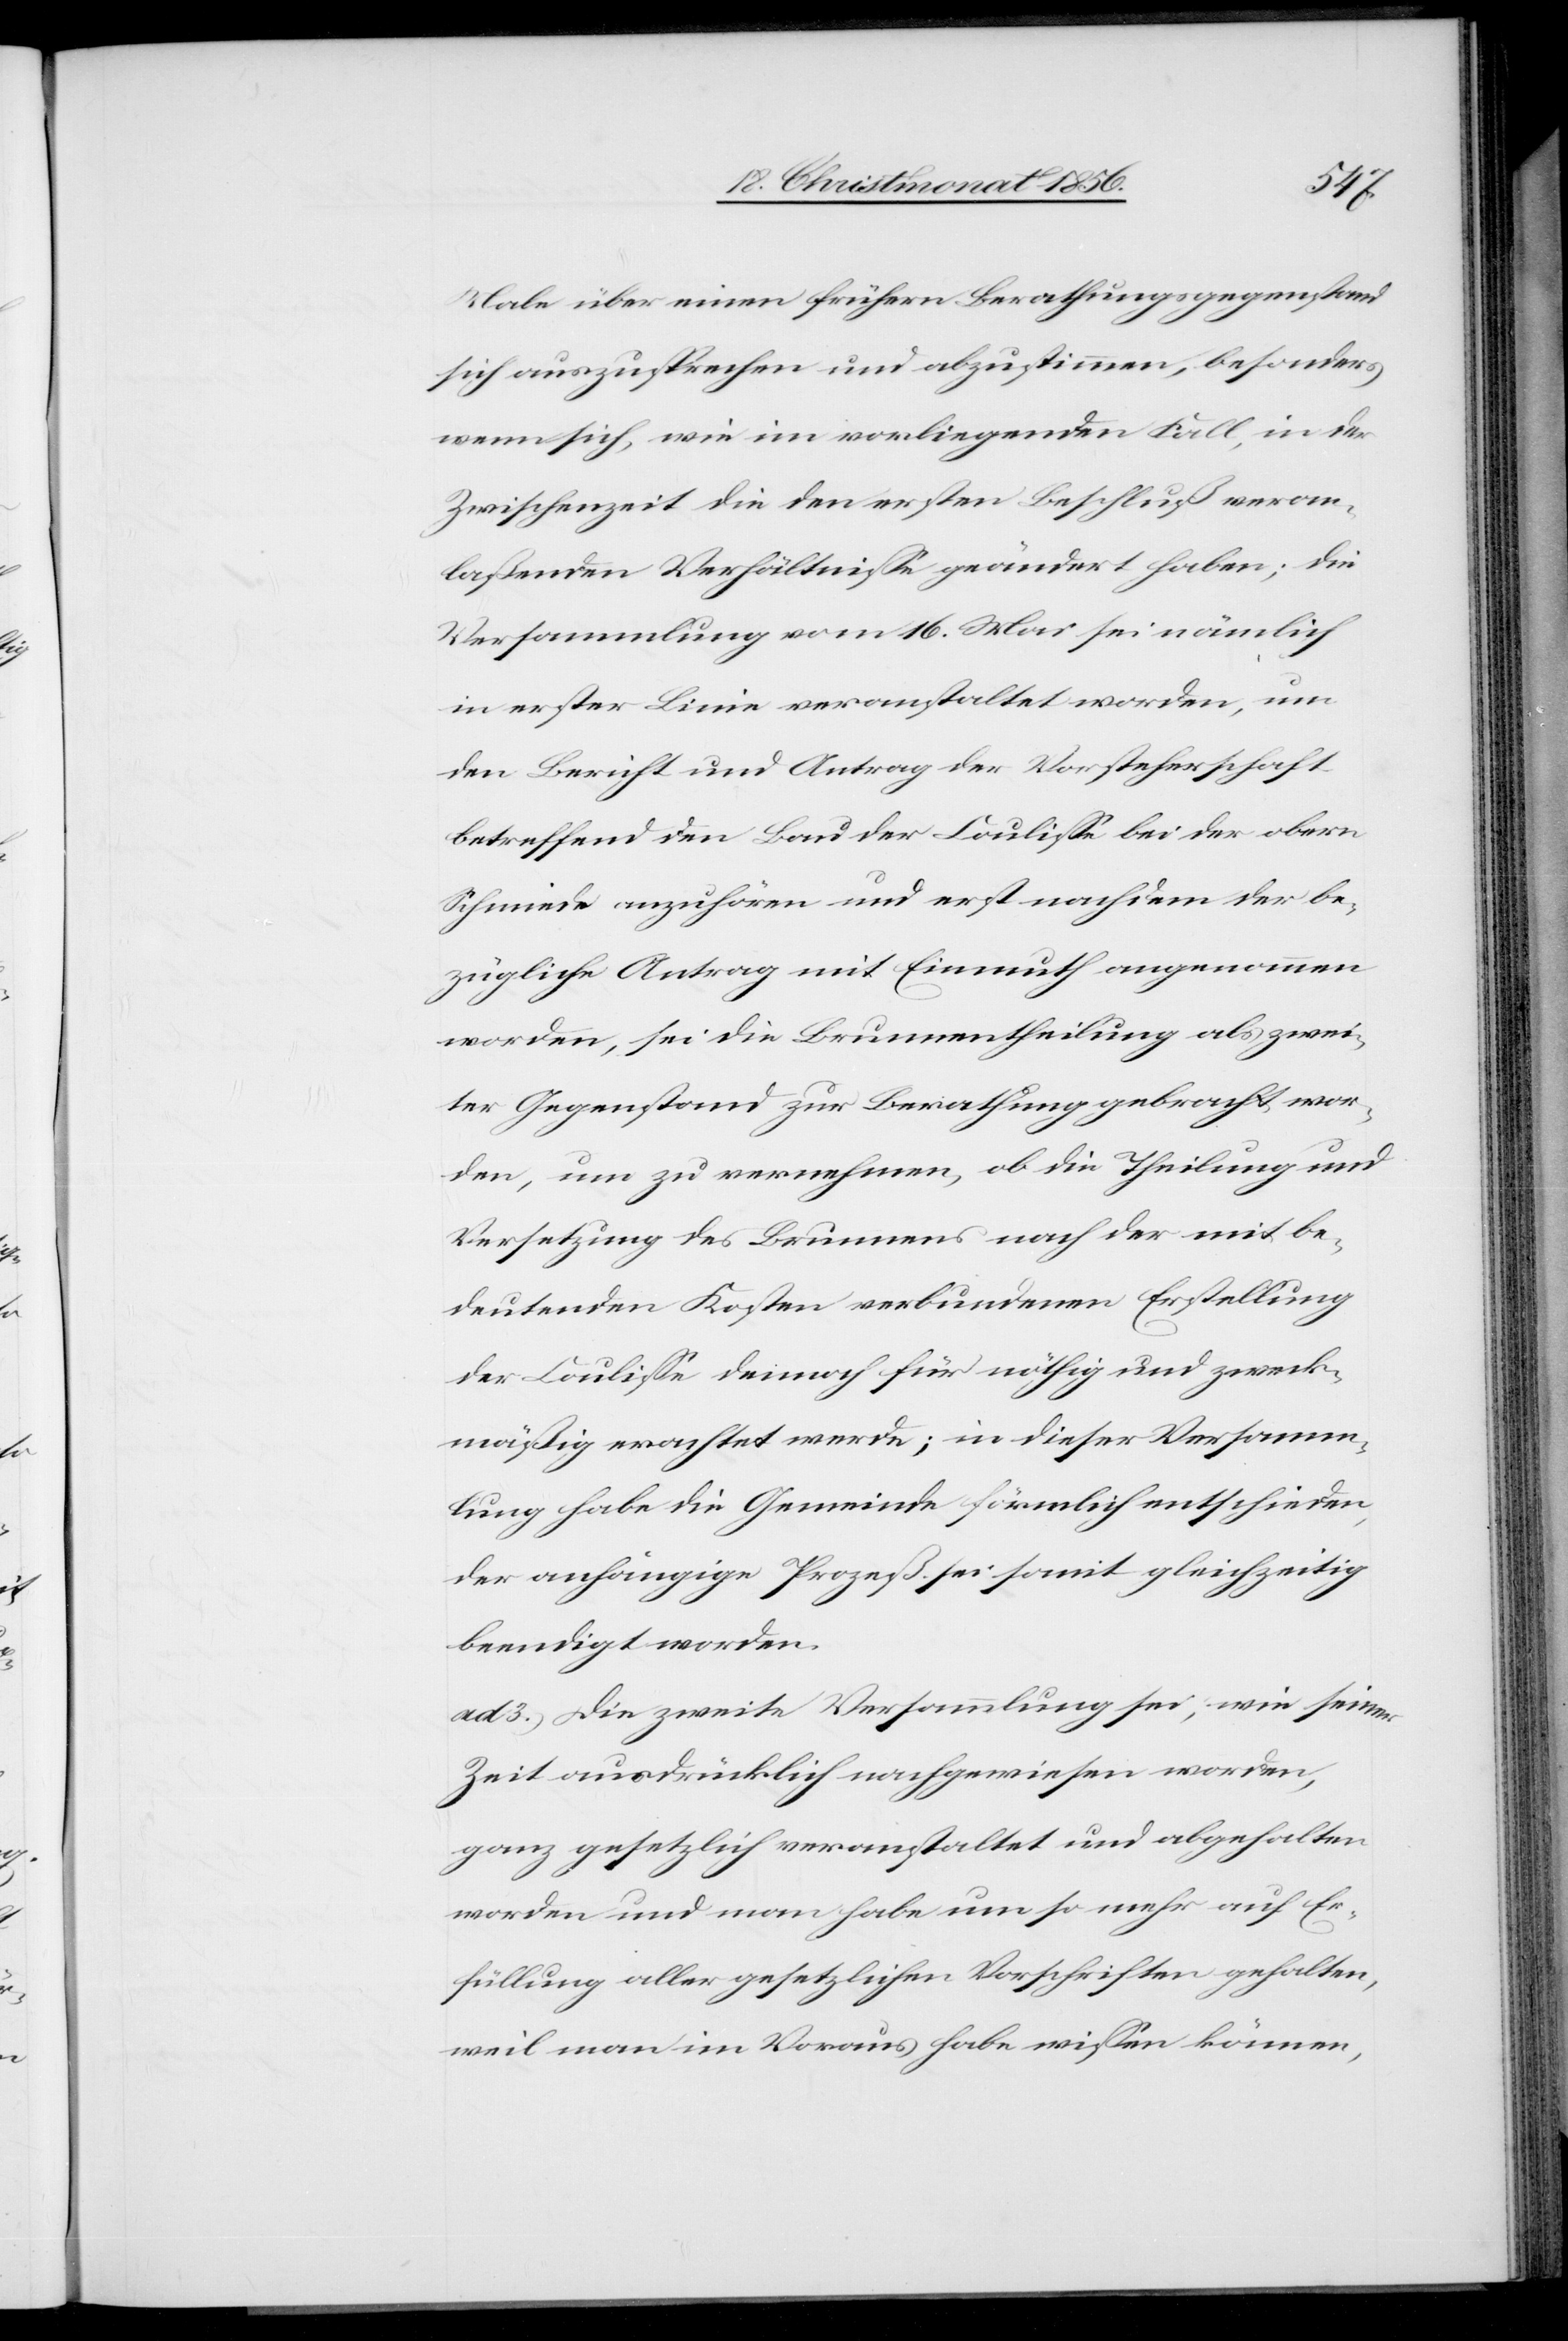
Male über einen frühern Berathungsgegenstand
sich auszusprechen und abzustimmen, besonders
wenn sich, wie im vorliegenden Fall, in der
Zwischenzeit die den ersten Beschluß veran¬
laßenden Verhältnisse geändert haben; die
Versammlung vom 16. Mai sei nämlich
in erster Linie veranstaltet worden, um
den Bericht und Antrag der Vorsteherschaft
betreffend den Bau der Coulisse bei der obern
Schmiede anzuhören und erst nachdem der be¬
zügliche Antrag mit Einmuth angenommen
worden, sei die Brunnentheilung als zwei¬
ter Gegenstand zur Berathung gebracht wor¬
den, um zu vernehmen, ob die Theilung und
Versetzung des Brunnens nach der mit be¬
deutenden Kosten verbundenen Erstellung
der Coulisse dennoch für nöthig und zweck¬
mäßig erachtet werde; in dieser Versamm¬
lung habe die Gemeinde förmlich entschieden,
der anhängige Prozeß sei somit gleichzeitig
beendigt worden.
ad 3.) Die zweite Versammlung sei, wie seiner
Zeit ausdrücklich nachgewiesen worden,
ganz gesetzlich veranstaltet und abgehalten
worden und man habe um so mehr auf Er¬
füllung aller gesetzlichen Vorschriften gehalten,
weil man im Voraus habe wissen können,